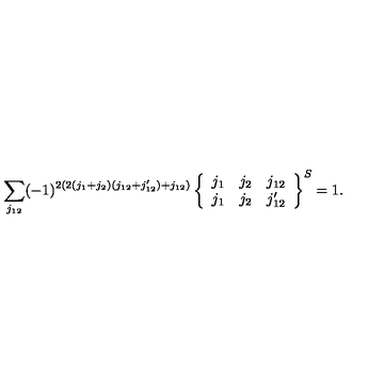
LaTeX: \sum _ { j _ { 1 2 } } ( - 1 ) ^ { 2 ( 2 ( j _ { 1 } + j _ { 2 } ) ( j _ { 1 2 } + j _ { 1 2 } ^ { \prime } ) + j _ { 1 2 } ) } \left\{ \begin{array} { c c c } { j _ { 1 } } & { j _ { 2 } } & { j _ { 1 2 } } \\ { j _ { 1 } } & { j _ { 2 } } & { j _ { 1 2 } ^ { \prime } } \\ \end{array} \right\} ^ { S } = 1 .